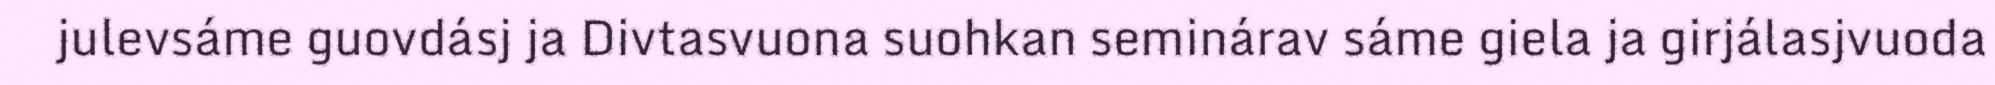
julevsáme guovdásj ja Divtasvuona suohkan seminárav sáme giela ja girjálasjvuoda